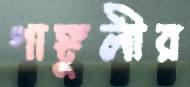
গাঙ্গুলীর